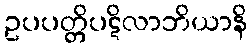
ဥပပတ္တိပဋိလာဘိယာနိ